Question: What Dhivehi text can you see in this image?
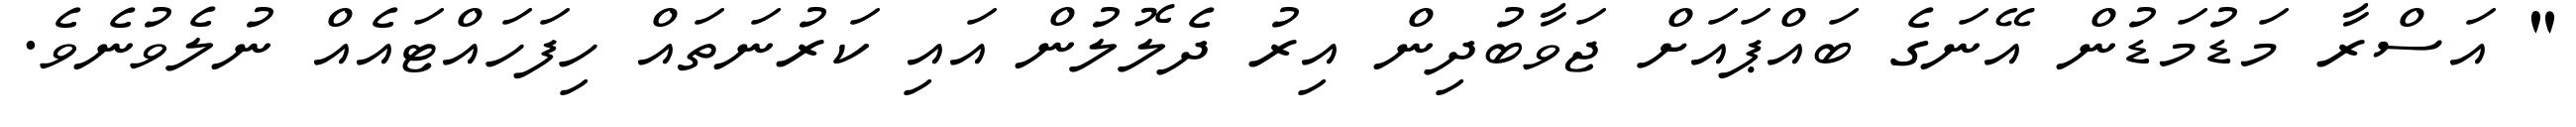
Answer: " އަސްރާ މަޑުމަޑުން އޭނަގެ ބައްޕައަށް ޖަވާބުދިން އިރު ދެލޮލުން އައި ކަރުނަތައް ހިފަހައްޓައެއް ނުލެވުނެވެ.